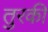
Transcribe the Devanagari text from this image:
तुरकी